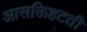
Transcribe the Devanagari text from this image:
आसक्तिहटती